Newspaper: Shepherdstown register. [volume]
Place of publication: Shepherdstown, Va. [W. Va.]
Publisher: Hardy & Henry W. McAnly
Date: 1880-06-05 00:00:00
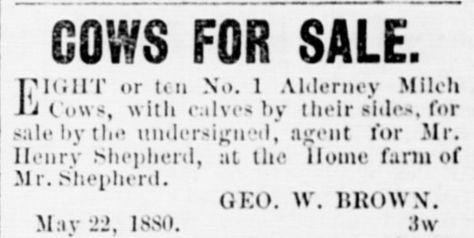
Advertisement text (OCR):
COWS FOR SALE. PIGHT or tc ti No. 1 Alderney Milch \i Cows, with calves by their sides, for sale l?y the undersigned, agent for Mr. Henry Shepherd, at the Home fariu of M r. shepherd. GEO. W. BROWN. Mav 1880. 3w
Label: text-only